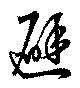
避